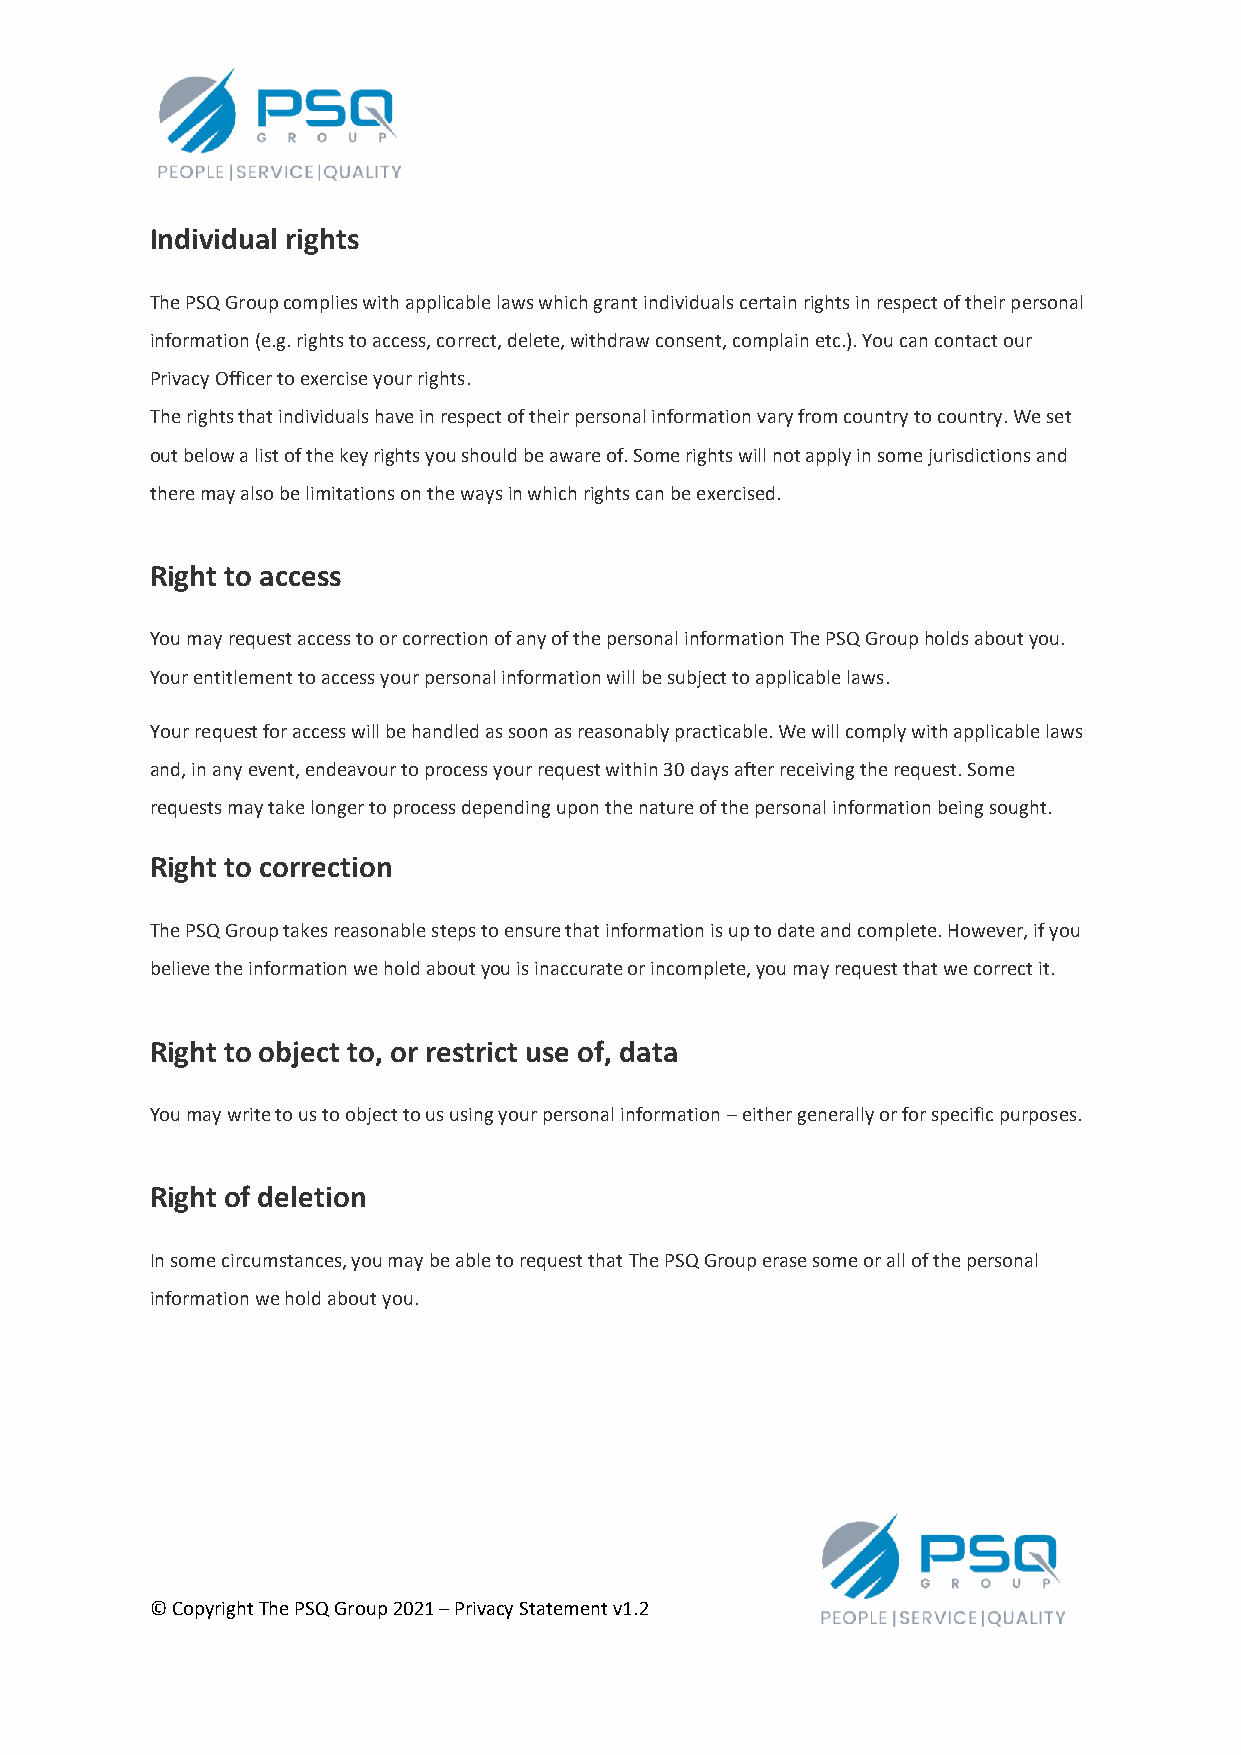
Individual rights
 The PSQ Group complies with applicable laws which grant individuals certain rights in respect of their personal
 information (e.g. rights to access, correct, delete, withdraw consent, complain etc.). You can contact our
 Privacy Officer to exercise your rights.
 The rights that individuals have in respect of their personal information vary from country to country. We set
 out below a list of the key rights you should be aware of. Some rights will not apply in some jurisdictions and
 there may also be limitations on the ways in which rights can be exercised.
 Right to access
 You may request access to or correction of any of the personal information The PSQ Group holds about you.
 Your entitlement to access your personal information will be subject to applicable laws.
 Your request for access will be handled as soon as reasonably practicable. We will comply with applicable laws
 and, in any event, endeavour to process your request within 30 days after receiving the request. Some
 requests may take longer to process depending upon the nature of the personal information being sought.
 Right to correction
 The PSQ Group takes reasonable steps to ensure that information is up to date and complete. However, if you
 believe the information we hold about you is inaccurate or incomplete, you may request that we correct it.
 Right to object to, or restrict use of, data
 You may write to us to object to us using your personal information – either generally or for specific purposes.
 Right of deletion
 In some circumstances, you may be able to request that The PSQ Group erase some or all of the personal
 information we hold about you.
 © Copyright The PSQ Group 2021 – Privacy Statement v1.2